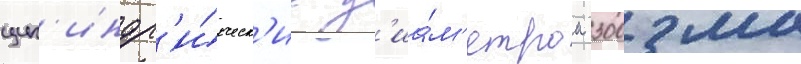
цил'индр'и́ческ'ие д'иа́м'етром 300 мм